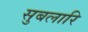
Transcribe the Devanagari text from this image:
सुबलारि